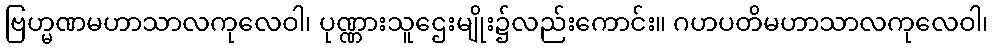
ဗြဟ္မဏမဟာသာလကုလေဝါ၊ ပုဏ္ဏားသူဌေးမျိုး၌လည်းကောင်း။ ဂဟပတိမဟာသာလကုလေဝါ၊